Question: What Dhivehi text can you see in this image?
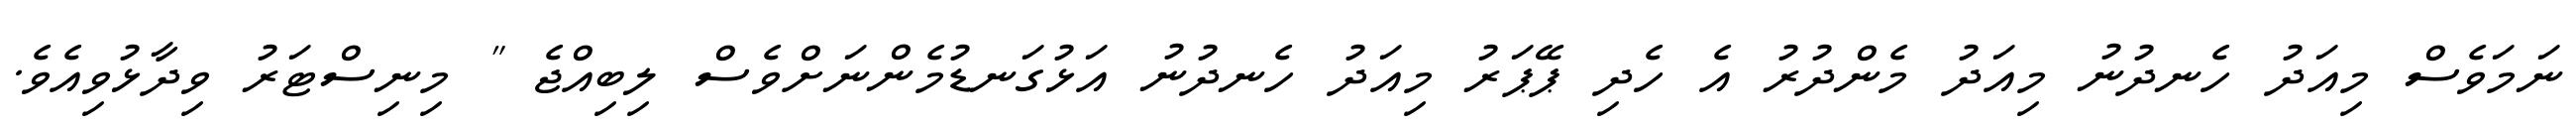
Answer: ނަމަވެސް މިއަދު ހެނދުނު މިއަދު މެންދުރު އެ ހެދި ޕޭޕަރު މިއަދު ހެނދުނު އަޅުގަނޑުމެންނަށްވެސް ލިބިއްޖެ " މިނިސްޓަރު ވިދާޅުވިއެވެ.